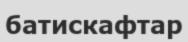
батискафтар